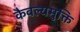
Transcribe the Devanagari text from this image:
कैवल्यमुक्ति